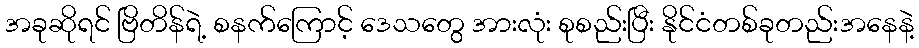
အခုဆိုရင် ဗြိတိန်ရဲ့ စနက်ကြောင့် ဒေသတွေ အားလုံး စုစည်းပြီး နိုင်ငံတစ်ခုတည်းအနေနဲ့